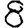
Digit: 8